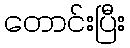
တောင်းပြီး